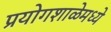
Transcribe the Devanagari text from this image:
प्रयोगशाळेमध्ये